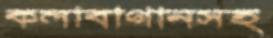
কলাবাগানসহ